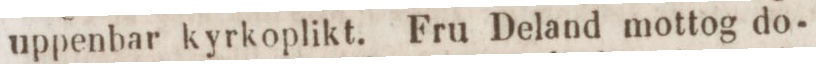
uppenbar kyrkoplikt. Fru Deland mottog do-